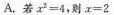
A.若$$x ^ { 2 } = 4$$，则$$x = 2$$